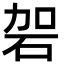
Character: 䂟